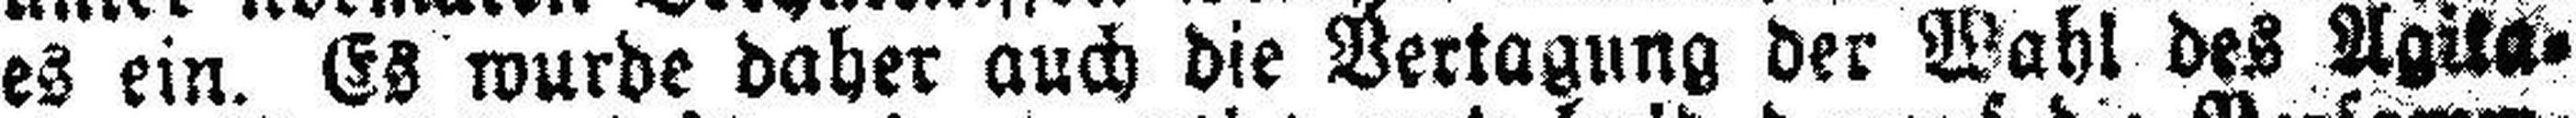
es ein. Es wurde daher auch die Vertagung der Wahl des Agita¬